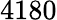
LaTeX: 4180